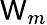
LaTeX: \mathsf{W}_{m}